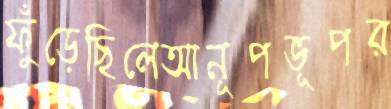
ফুঁড়েছিলেআনূপভূপর